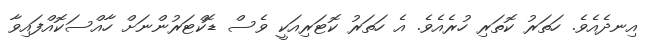
އިނދެއެވެ. ހަތަރު ކޮތަރި ހުރެއެވެ. އެ ހަތަރު ކޮޓަރިއަކީ ވެސް ޑޮކްޓަރުންނަށް ހާއްސަކޮއްފައިވާ